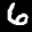
Label: 6